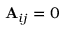
\mathbf { A } _ { i j } = 0